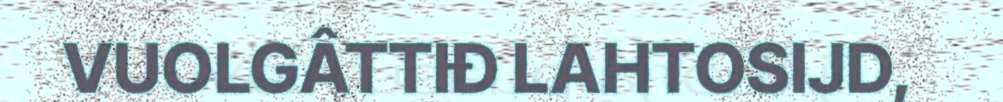
VUOLGÂTTIĐ LAHTOSIJD,